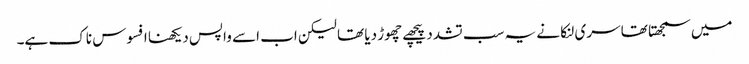
میں سمجھتا تھا سری لنکا نے یہ سب تشدد پیچھے چھوڑ دیا تھا لیکن اب اسے واپس دیکھنا افسوس ناک ہے۔